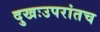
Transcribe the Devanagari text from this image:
दुखःउपरांतच